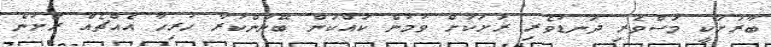
ބާރަށަކީ މަސްވެރި ދަނޑުވެރި ރަށަކަށް ވުމުން ކައްކަން ބޭނުންކުރާ ހުރިހާ އެއްޗެއް ރަށުން